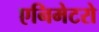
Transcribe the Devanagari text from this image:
एनिमेटरो